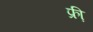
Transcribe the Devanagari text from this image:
फ्री़